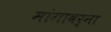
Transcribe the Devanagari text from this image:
मांगावर्ना